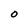
Character: O